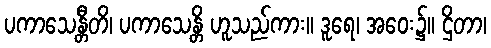
ပကာသေန္တီတိ၊ ပကာသေန္တိ ဟူသည်ကား။ ဒူရေ၊ အဝေး၌။ ဌိတာ၊